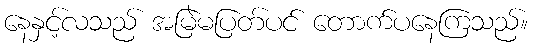
နေနှင့်လသည် အမြဲမပြတ်ပင် တောက်ပနေကြသည်။